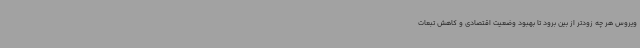
ویروس هر چه زودتر از بین برود تا بهبود وضعیت اقتصادی و کاهش تبعات